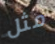
مثل